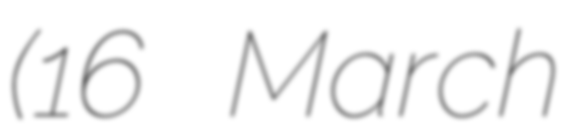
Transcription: (16 March